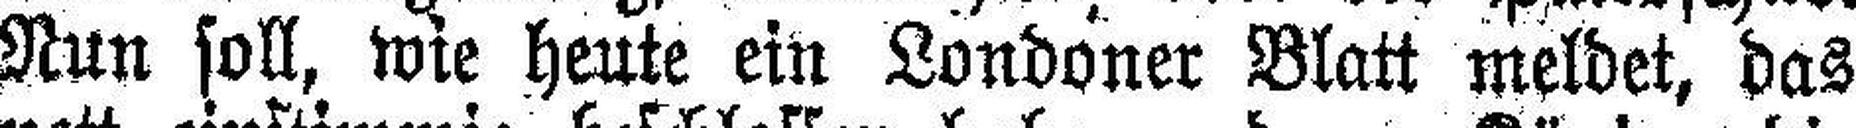
Nun soll, wie heute ein Londoner Blatt meldet, das